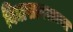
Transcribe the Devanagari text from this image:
विद्यासागराच्या